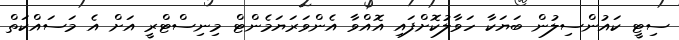
ސިޓީ ކައުންސިލުން ބަޔަކާ ހަވާލުކޮށްފައި އޮއްވާ އެންވަރަޔަމެންޓް މިނިސްޓްރީ އަށް އެ މަސައްކަތް